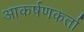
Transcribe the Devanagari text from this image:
आकर्षणकर्ता